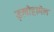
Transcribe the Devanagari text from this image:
इलोहामेल